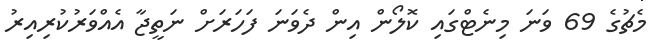
މެޗުގެ 69 ވަނަ މިނެޓްގައި ކޮލޯން އިން ދެވަނަ ފަހަރަށް ނަތީޖާ އެއްވަރުކުރިއިރު